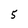
Character: 5